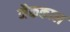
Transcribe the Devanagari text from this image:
मैककाल